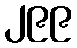
၂၉၉